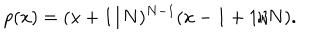
LaTeX: p ( x ) = ( x + 1 / N ) ^ { N - 1 } ( x - 1 + 1 / N ) .